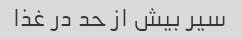
سیر بیش از حد در غذا